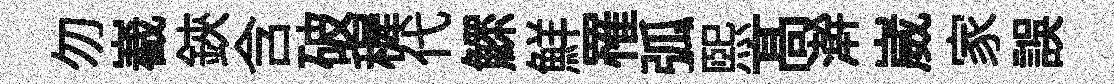
勿嶻鋏含破穉代鰥鮮罹弧煕髙澣崴家誤